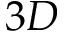
3 D